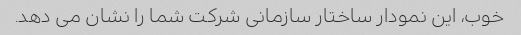
خوب، این نمودار ساختار سازمانی شرکت شما را نشان می دهد.